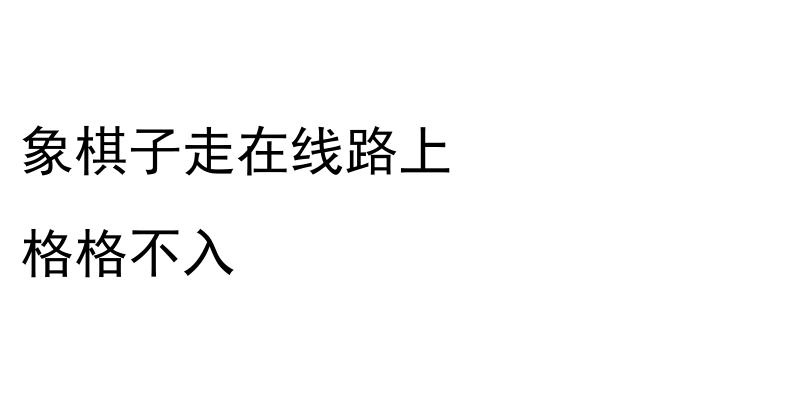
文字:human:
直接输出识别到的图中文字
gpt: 象棋子走在线路上 格格不入